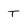
Character: T